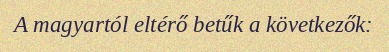
A magyartól eltérő betűk a következők: